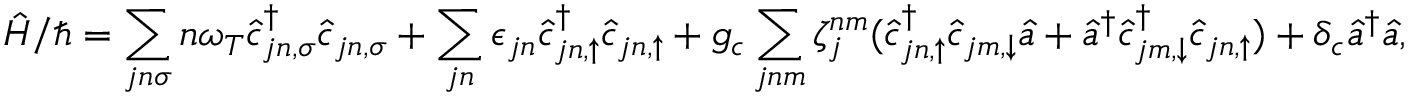
\hat { H } / \hbar = \sum _ { j n \sigma } n \omega _ { T } \hat { c } _ { j n , \sigma } ^ { \dag } \hat { c } _ { j n , \sigma } + \sum _ { j n } \epsilon _ { j n } \hat { c } _ { j n , \uparrow } ^ { \dag } \hat { c } _ { j n , \uparrow } + g _ { c } \sum _ { j n m } \zeta _ { j } ^ { n m } ( \hat { c } _ { j n , \uparrow } ^ { \dag } \hat { c } _ { j m , \downarrow } \hat { a } + \hat { a } ^ { \dag } \hat { c } _ { j m , \downarrow } ^ { \dag } \hat { c } _ { j n , \uparrow } ) + \delta _ { c } \hat { a } ^ { \dag } \hat { a } ,